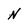
Character: N